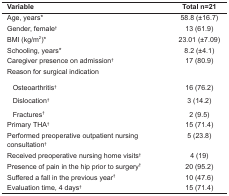
| <COLSPAN=2> Variable | Total n=21 |
 | --- | --- | --- |
 | <COLSPAN=2> Age, years* | 58.8 (±16.7) |
 | <COLSPAN=2> Gender, female† | 13 (61.9) |
 | <COLSPAN=2> BMI (kg/m2)* | 23.01 (±7.09) |
 | <COLSPAN=2> Schooling, years* | 8.2 (±4.1) |
 | <COLSPAN=2> Caregiver presence on admission† | 17 (80.9) |
 | <COLSPAN=2> Reason for surgical indication |  |
 | <ROWSPAN=3>  | Osteoarthritis† | 16 (76.2) |
 | Dislocation† | 3 (14.2) |
 | Fractures† | 2 (9.5) |
 | <COLSPAN=2> Primary THA† | 15 (71.4) |
 | <COLSPAN=2> Performed preoperative outpatient nursingconsultation† | 5 (23.8) |
 | <COLSPAN=2> Received preoperative nursing homevisits† | 4 (19) |
 | <COLSPAN=2> Presence of pain in the hip prior tosurgery† | 20 (95.2) |
 | <COLSPAN=2> Suffered a fall in the previousyear† | 10 (47.6) |
 | <COLSPAN=2> Evaluation time, 4 days† | 15 (71.4) |